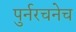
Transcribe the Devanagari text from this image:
पुर्नरचनेच